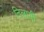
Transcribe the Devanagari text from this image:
निलायी